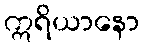
ဣရိယာနော